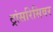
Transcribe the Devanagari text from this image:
ट्रांसरिसिवर